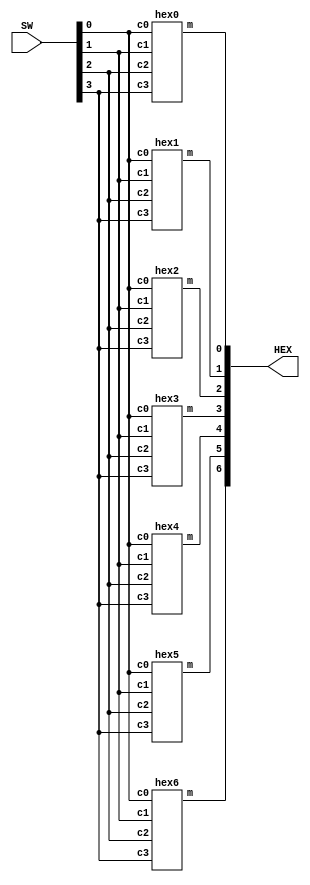
module seven_segment_decoder(HEX, SW);
    input [3:0] SW;
    output [6:0] HEX;
	
	hex0 s0(
		.c0(SW[0]),
		.c1(SW[1]),
		.c2(SW[2]),
		.c3(SW[3]),
		.m(HEX[0])
		);	
	hex1 s1(
		.c0(SW[0]),
		.c1(SW[1]),
		.c2(SW[2]),
		.c3(SW[3]),
		.m(HEX[1])
		);	
	hex2 s2(
		.c0(SW[0]),
		.c1(SW[1]),
		.c2(SW[2]),
		.c3(SW[3]),
		.m(HEX[2])
		);	
	hex3 s3(
		.c0(SW[0]),
		.c1(SW[1]),
		.c2(SW[2]),
		.c3(SW[3]),
		.m(HEX[3])
		);
	hex4 s4(
		.c0(SW[0]),
		.c1(SW[1]),
		.c2(SW[2]),
		.c3(SW[3]),
		.m(HEX[4])
		);	
	hex5 s5(
		.c0(SW[0]),
		.c1(SW[1]),
		.c2(SW[2]),
		.c3(SW[3]),
		.m(HEX[5])
		);
	hex6 s6(
		.c0(SW[0]),
		.c1(SW[1]),
		.c2(SW[2]),
		.c3(SW[3]),
		.m(HEX[6])
		);	
endmodule

module hex0(c0, c1, c2, c3, m);
    input c0;
    input c1;
    input c2;
	input c3;
    output m;
	
	assign m = (~c3 & ~c2 & ~c1 & c0) | (~c3 & c2 & ~c1 & ~c0) | (c3 & c2 & ~c1 & c0) | (c3 & ~c2 & c1 & c0);

endmodule


module hex1(c0, c1, c2, c3, m);
    input c0;
    input c1;
    input c2;
	input c3;
    output m;
	
	assign m = (c3 & c2 & c1) | (c3 & c2 & ~c1 & ~c0) | (~c3 & c2 & ~c1 & c0) | (c3 & ~c2 & c1 & c0) | (~c3 & c2 & c1 & ~c0);

endmodule

module hex2(c0, c1, c2, c3, m);
    input c0;
    input c1;
    input c2;
	input c3;
    output m;
	
	assign m = (c3 & c2 & c1) | (c3 & c2 & ~c1 & ~c0) | (~c3 & ~c2 & c1 & ~c0);

endmodule

module hex3(c0, c1, c2, c3, m);
    input c0;
    input c1;
    input c2;
	input c3;
    output m;
	
	assign m = (~c2 & ~c1 & c0) | (c2 & c1 & c0) | (~c3 & c2 & ~c1 & ~c0) | (c3 & ~c2 & c1 & ~c0);

endmodule

module hex4(c0, c1, c2, c3, m);
    input c0;
    input c1;
    input c2;
	input c3;
    output m;
	
	assign m = (~c3 & c0) | (~c3 & c2 & ~c1 & ~c0) | (c3 & ~c2 & ~c1 & c0);

endmodule

module hex5(c0, c1, c2, c3, m);
    input c0;
    input c1;
    input c2;
	input c3;
    output m;
	
	assign m = (~c3 & c1 & c0) | (~c3 & ~c2 & ~c1 & c0) | (c3 & c2 & ~c1 & c0) | (~c3 & ~c2 & c1 & ~c0);

endmodule

module hex6(c0, c1, c2, c3, m);
    input c0;
    input c1;
    input c2;
	input c3;
    output m;
	
	assign m = (~c3 & ~c2 & ~c1) | (c3 & c2 & ~c1 & ~c0) | (~c3 & c2 & c1 & c0);

endmodule



module randomNumber(  
    input clock,      
    input load,
	input enable, // enable to change the randomNumber
    output reg [2:0] randomNumber // We have three moles, so need 2-bit randomNumber.
);
	wire feedback;
	assign feedback = ~(randomNumber[2] ^ randomNumber[1]);
	
	always@(posedge load or posedge enable)
	begin
		if(load)
			randomNumber = 000;
		else if(enable)
			begin
			randomNumber = {randomNumber[1:0], feedback};
			end
	end
endmodule

module rateCounter(
	input clock,
	input [27:0] d,
	input par_load,
	output reg [27:0] q
);
	always @(posedge clock or posedge par_load)
	begin
		if(par_load == 1'b1)
			q <= d;
		else if (q == 28'd000000000)
			q <= d;
		else
			q <= q - 28'd000000001;
	end
endmodule

/* 
module rateCounterForWait(
	input clock,
	input [27:0] d,
	input par_load,
	output reg [27:0] q
);
	always @(posedge par_load)
	begin
		if(par_load == 1'b1)
			q <= d;
		else if (q == 28'd000000000)
			q <= q;
		else
			q <= q - 28'd000000001;
	end
endmodule */



module display_controller(
	input clock,
	input game,
	input turnoff,
	input [27:0] speed,
	output reg mole1,
	output reg mole2,
	output reg mole3
);
	reg waitFinish;
	wire [2:0] RanNumber;
	wire [27:0] myRateCounterOut;
	reg refresh;
	
	always@(posedge clock or posedge turnoff or negedge turnoff)
	begin
		if(!game) begin
			mole1 = 0;
			mole2 = 0;
			mole3 = 0;
			refresh = 1;
		end
		else begin
			refresh = turnoff;
			if(refresh == 2'b0) 
				begin
					refresh = (myRateCounterOut == 28'b0000000000000000000000000000) ? 1 : 0;
					waitFinish = (myRateCounterOut < (speed)) ? 1:0;
				end
			mole1 = ((RanNumber == 1  || RanNumber == 5) && !refresh && !(myRateCounterOut == 28'b0000000000000000000000000000) && game && waitFinish) ? 1 : 0;
			mole2 = ((RanNumber == 0 || RanNumber == 2 || RanNumber == 7)  && !refresh && !(myRateCounterOut == 28'b0000000000000000000000000000) && game && waitFinish) ? 1 : 0;
			mole3 = ((RanNumber == 3 || RanNumber == 4 || RanNumber == 6) && !refresh && !(myRateCounterOut == 28'b0000000000000000000000000000) && game && waitFinish) ? 1 : 0;
		end
	end
	
	rateCounter myRateCounter(
		.clock(clock),
		.d(speed + 28'd149999999), //3 Seconds between the two rounds.
		.par_load(refresh),
		.q(myRateCounterOut)
	);
	
	randomNumber myRandomNumber(
		.clock(clock),
		.load(!game),
		.enable(refresh),
		.randomNumber(RanNumber)
	);

endmodule


module player(
	input clock,
	input button1, 
	input button2, 
	input button3,
	input mole1, 
	input mole2, 
	input mole3,
	input game,
	output reg turnoff,
	output reg [7:0] score
);

	always@(posedge clock) // when click the button, changed turnoff immediately
	begin
		if (!game) begin
			score = 0;
			turnoff = 0;
		end
	end
	
	always@(posedge button1 or posedge button2 or posedge button3) // when click the button, changed turnoff immediately
	begin
		turnoff = (game && ((mole1 && button1) || (mole2 && button2) || (mole3 && button3))) ? 1 : 0;
		if(turnoff) begin
			score = score + 1;
		end
		else begin
			if((button1 || button2 || button3) && (mole1 || mole2 || mole3) && score != 0) begin
				score = score - 1;
			end
		end
	end
	
endmodule




/* module top(
//Note that speed is designed to be provided by the FSM (level controller). Now for test purpose, we give a speed manually.
	input clock,
	input button1, 
	input button2, 
	input button3,
	input game,
	input [27:0] speed,
	output mole1,
	output mole2,
	output mole3,
	output [6:0] HEX0,
	output [6:0] HEX1
);
	
	wire turnoffWire;
	wire [2:0] random;// This is for test only. Should be removed later.
	wire [27:0] myRateCounterOut;
	wire refresh;
	wire [7:0] score;
	
	player p(
		.clock(clock),
		.button1(button1),
		.button2(button2),
		.button3(button3),
		.mole1(mole1),
		.mole2(mole2),
		.mole3(mole3),
		.game(game),
		.turnoff(turnoffWire),
		.score(score)
	);

	display_controller d(
		.clock(clock),
		.game(game),
		.turnoff(turnoffWire),
		.speed(speed),
		.mole1(mole1),
		.mole2(mole2),
		.mole3(mole3),
		.RanNumber(random),
		.myRateCounterOut(myRateCounterOut),
		.refresh(refresh)
	);
	
	seven_segment_decoder H0(
		.HEX(HEX0),
		.SW(score[3:0])
	);
	seven_segment_decoder H1(
		.HEX(HEX1),
		.SW(score[7:4])
	);
endmodule */


// module top(
	// input clock,
	// input button1, 
	// input button2, 
	// input button3,
	// input game,
	// output mole1,
	// output mole2,
	// output mole3,
	// output [6:0] HEX0,
	// output [6:0] HEX1
// );
	
	// wire turnoffWire;
	// wire [7:0] score;
	
	// player p(
		// .clock(clock),
		// .button1(button1),
		// .button2(button2),
		// .button3(button3),
		// .mole1(mole1),
		// .mole2(mole2),
		// .mole3(mole3),
		// .game(game),
		// .turnoff(turnoffWire),
		// .score(score)
	// );

	// display_controller d(
		// .clock(clock),
		// .game(game),
		// .turnoff(turnoffWire),
		// .speed(28'd099999999),
		// .mole1(mole1),
		// .mole2(mole2),
		// .mole3(mole3)
	// );
	
	// seven_segment_decoder H0(
		// .HEX(HEX0),
		// .SW(score[3:0])
	// );
	// seven_segment_decoder H1(
		// .HEX(HEX1),
		// .SW(score[7:4])
	// );
// endmodule


//Uncomment this block to test on the board with SW and LEDR.
module top(
	input CLOCK_50,
	input [2:0] KEY, 
	input [0:0] SW,
	output [2:0] LEDR,
	output [6:0] HEX0,
	output [6:0] HEX1
);
	
	wire turnoffWire;
	wire [7:0] score;
	
	player p(
		.clock(CLOCK_50),
		.button1(~KEY[0]),
		.button2(~KEY[1]),
		.button3(~KEY[2]),
		.mole1(mole1),
		.mole2(mole2),
		.mole3(mole3),
		.game(SW[0]),
		.turnoff(turnoffWire),
		.score(score)
	);

	display_controller d(
		.clock(CLOCK_50),
		.game(SW[0]),
		.turnoff(turnoffWire),
		.speed(28'd099999999),
		.mole1(LEDR[0]),
		.mole2(LEDR[1]),
		.mole3(LEDR[2])
	);
	
	seven_segment_decoder H0(
		.HEX(HEX0),
		.SW(score[3:0])
	);
	seven_segment_decoder H1(
		.HEX(HEX1),
		.SW(score[7:4])
	);
endmodule